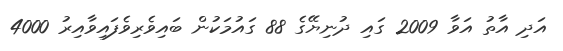
އަދި އާތު އަވާ 2009 ގައި ދުނިޔޭގެ 88 ގައުމަކުން ބައިވެރިވެފައިވާއިރު 4000